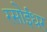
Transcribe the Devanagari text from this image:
रसोईधर